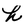
Character: h